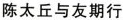
陈太丘与友期行